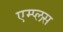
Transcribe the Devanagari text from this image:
एम्प्लस